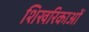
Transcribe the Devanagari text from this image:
शिखरिकाओं